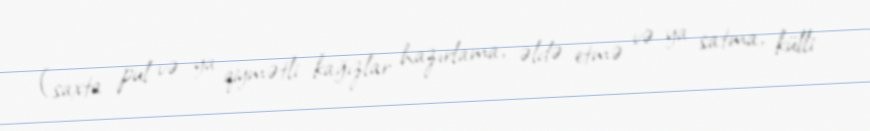
(saxta pul və ya qiymətli kağızlar hazırlama, əldə etmə və ya satma, külli